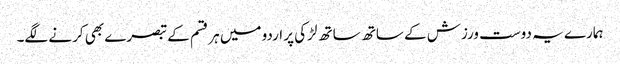
ہمارے یہ دوست ورزش کے ساتھ ساتھ لڑکی پر اردو میں ہر قسم کے تبصرے بھی کرنے لگے۔